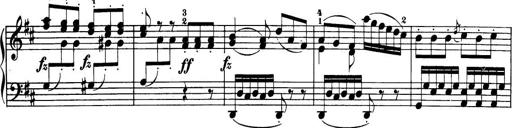
Title: 32 Sonatinas and Rondos for the Piano
Composer: Richard Kleinmichel